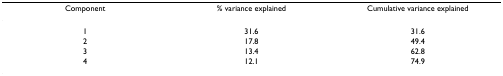
<table><thead><tr><td><b>Component</b></td><td><b>% variance explained</b></td><td><b>Cumulative variance explained</b></td></tr></thead><tbody><tr><td>1</td><td>31.6</td><td>31.6</td></tr><tr><td>2</td><td>17.8</td><td>49.4</td></tr><tr><td>3</td><td>13.4</td><td>62.8</td></tr><tr><td>4</td><td>12.1</td><td>74.9</td></tr></tbody></table>